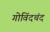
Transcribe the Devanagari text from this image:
गोविंदचंद